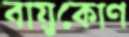
বায়ুকোণ